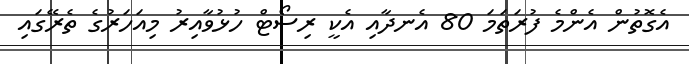
އެގޮތުން އެންމެ ފުރަތަމަ 80 އެނދާއި އެކީ ރިސޯޓް ހުޅުވާއިރު މިއަހަރުގެ ތެރޭގައި